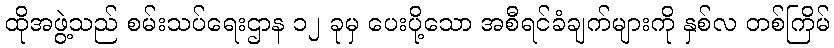
ထိုအဖွဲ့သည် စမ်းသပ်ရေးဌာန ၁၂ ခုမှ ပေးပို့သော အစီရင်ခံချက်များကို နှစ်လ တစ်ကြိမ်